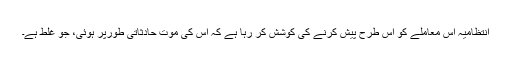
انتظامیہ اس معاملے کو اس طرح پیش کرنے کی کوشش کر رہا ہے کہ اس کی موت حادثاتی طورپر ہوئی، جو غلط ہے۔